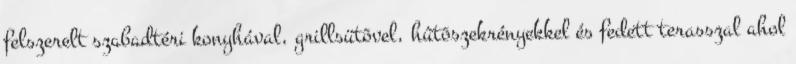
felszerelt szabadtéri konyhával, grillsütõvel, hûtõszekrényekkel és fedett terasszal ahol